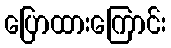
ပြောထားကြောင်း